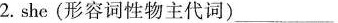
2.she(形容词性物主代词)___